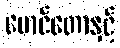
မောင်တောနှင့်